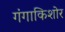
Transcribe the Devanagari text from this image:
गंगाकिशोर